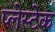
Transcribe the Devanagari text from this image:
प्लेस्टेक